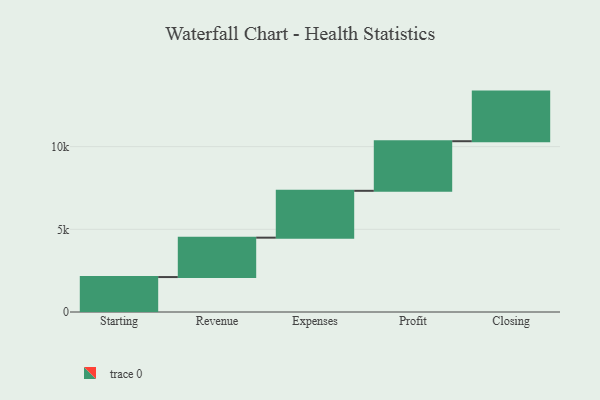
{"axis": {"x": "Step", "y": "Value"}, "legend": [""], "data": [{"x": "Starting", "y": 2113.0, "type": ""}, {"x": "Revenue", "y": 2383.0, "type": ""}, {"x": "Expenses", "y": 2833.0, "type": ""}, {"x": "Profit", "y": 3000, "type": ""}, {"x": "Closing", "y": 3000, "type": ""}]}